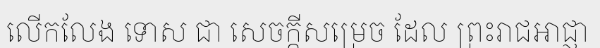
លើកលែង ទោស ជា សេចក្តីសម្រេច ដែល ព្រះរាជអាជ្ញា